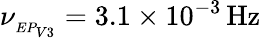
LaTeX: \nu_{_{EP_{V3}}}=3.1\times 10^{-3}\, \mathrm{{Hz}}